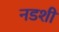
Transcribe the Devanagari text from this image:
नडशी